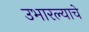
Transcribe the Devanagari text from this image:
उभारल्याचे